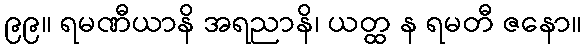
၉၉။ ရမဏီယာနိ အရညာနိ၊ ယတ္ထ န ရမတီ ဇနော။